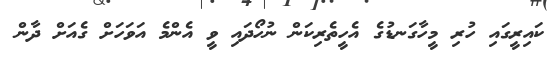
ކައިރީގައި ހުރި މީހާގަނޑުގެ އެހީތެރިކަން ނުހޯދައި ވީ އެންމެ އަވަހަށް ގެއަށް ދާން